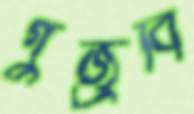
গুজ্‌রবি